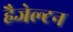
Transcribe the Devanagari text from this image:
हैजेल्टन